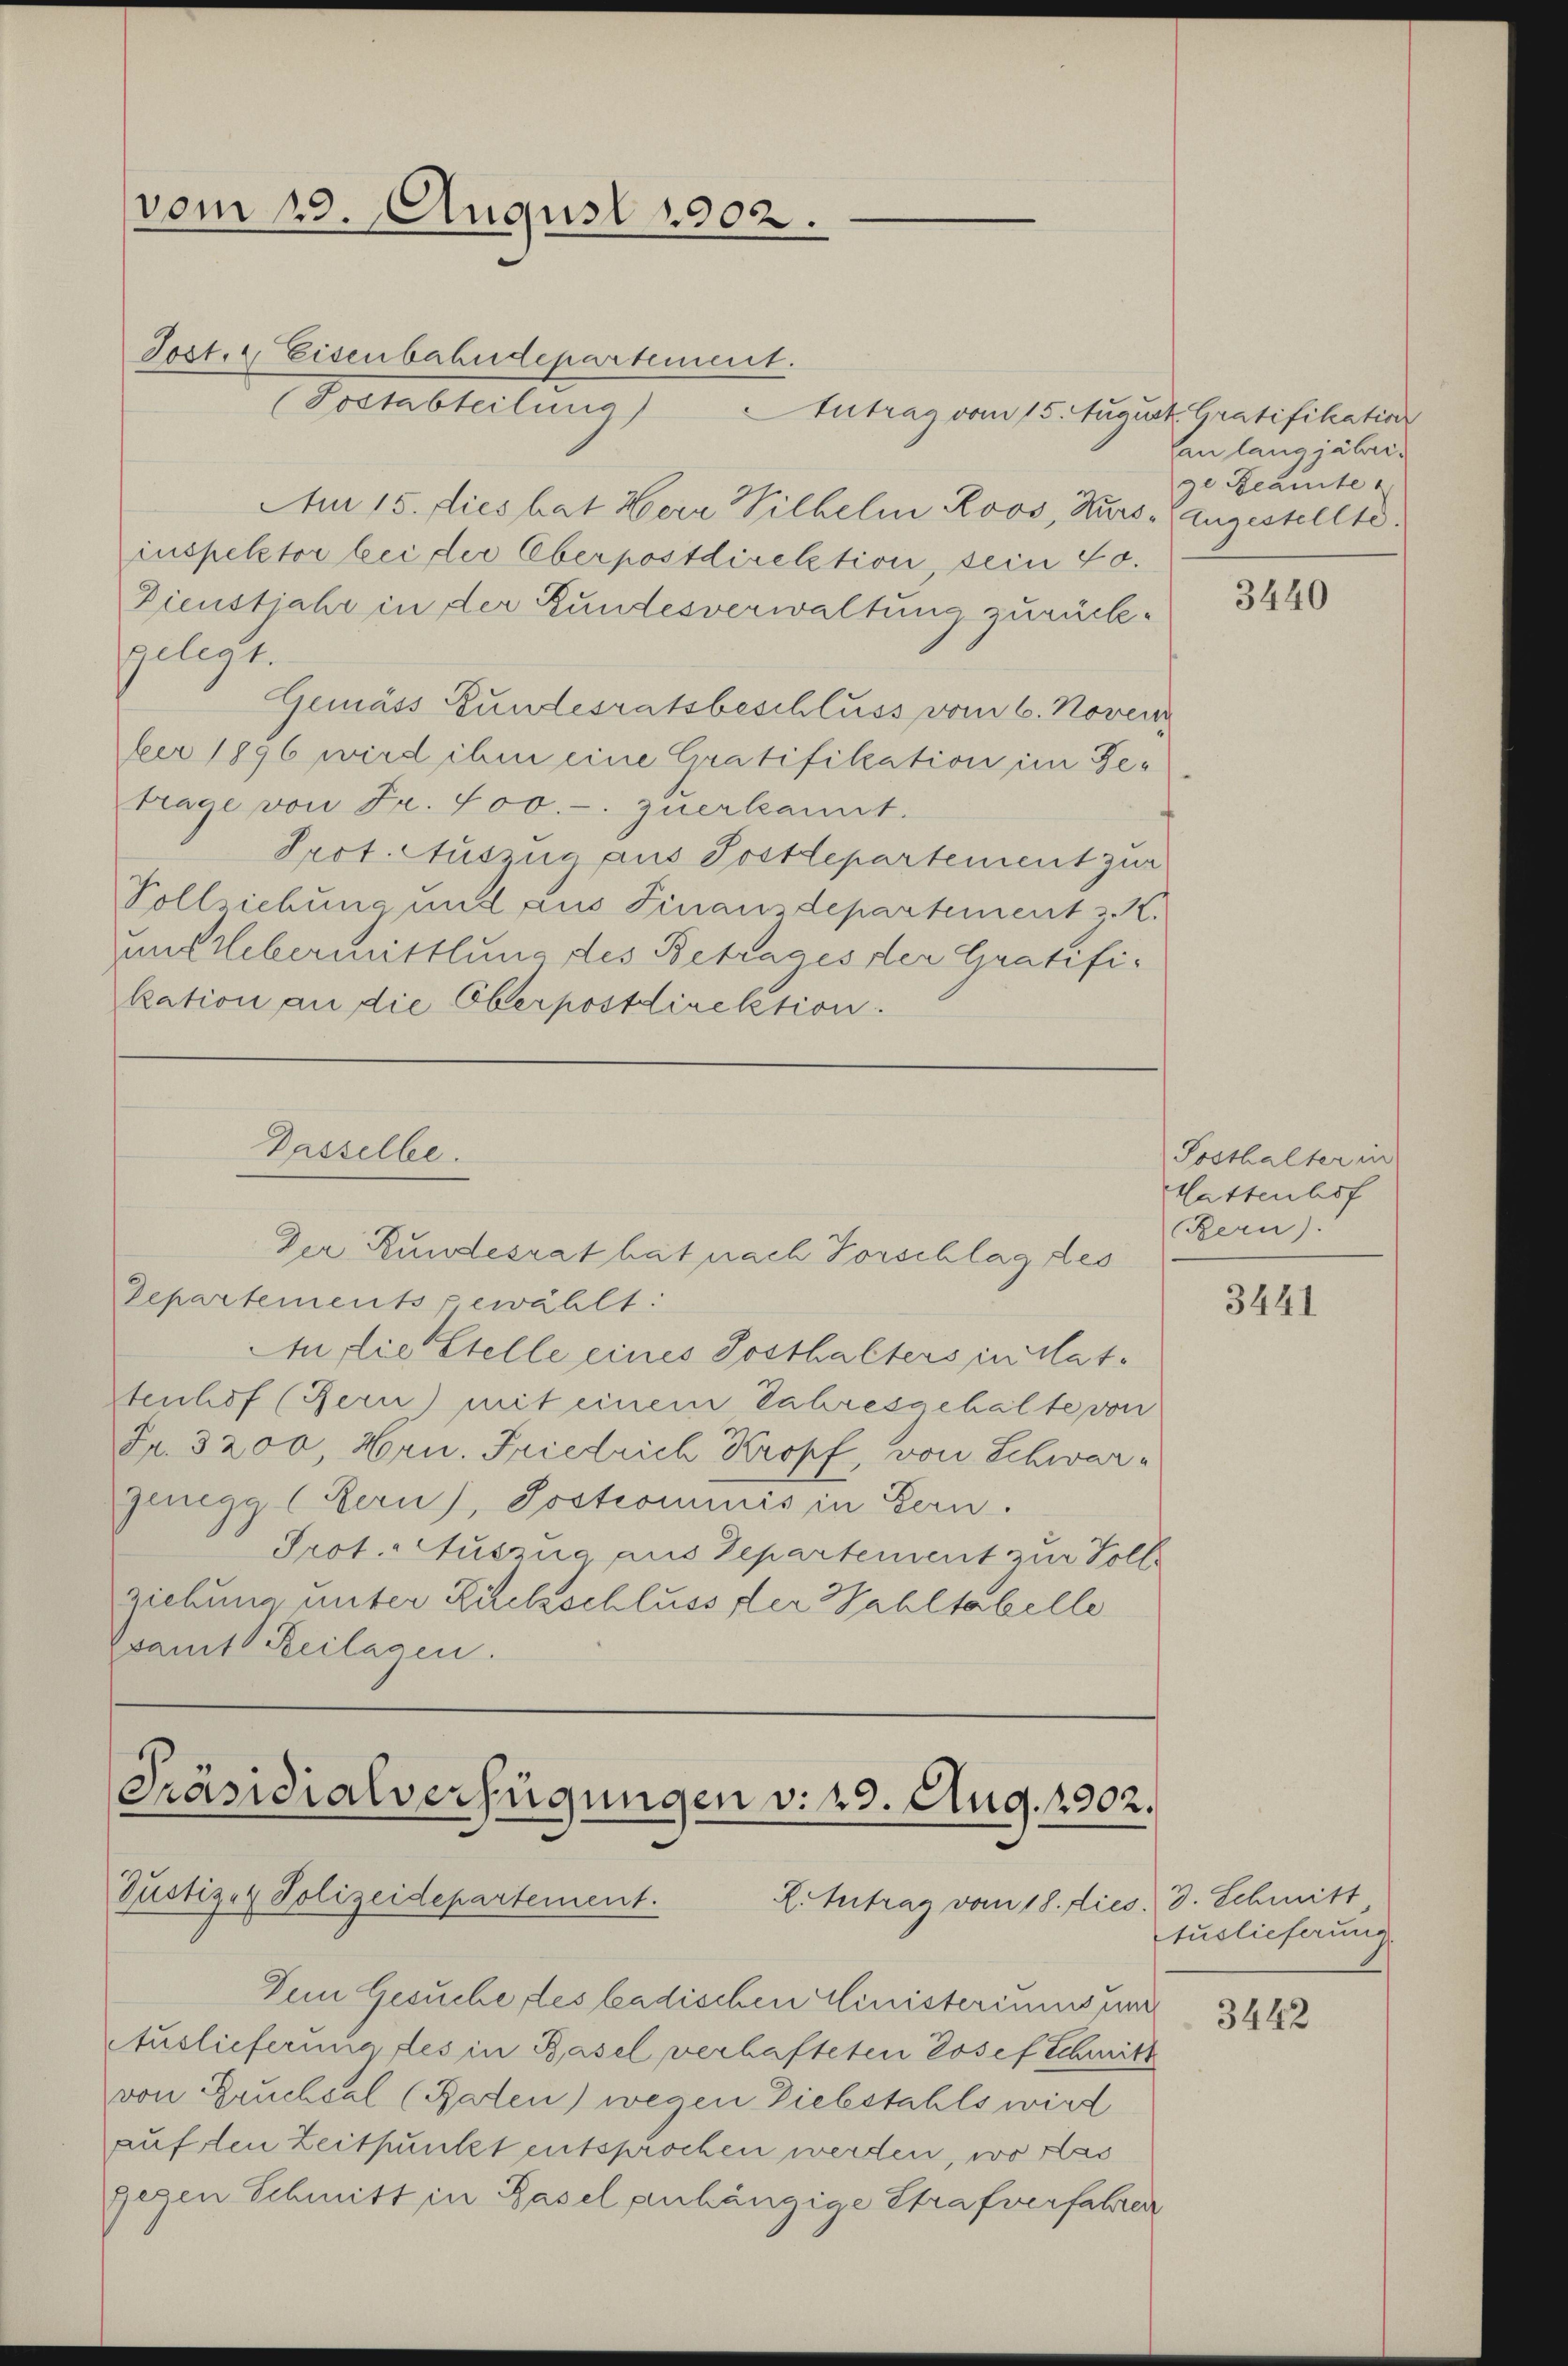
Am 15. dies hat Herr Wilhelm Roos, Kurs, angestellte.
inspektor bei der Oberpostdirektion, sein 40.
Dienstjahr in der Bundesverwaltung zurückgelegt.
Gemäss Bundesratsbeschluss vom 6. Novem
ber 1896 wird ihm eine Gratifikation im Getrage von Fr. 500.-. zuerkannt.
Prot. Auszug aus Postlepartement zur
Pollichung und aus Finanzdepartement z. K.
um Uebermittlung des Betrages der Gratifikation an die Oberpostdirektion.

vom 13. August 1902.

Jost. Eisenbahndepartement.
(Postabteilung)

Dasselbe.

Antrag vom 15. August Gratifikation

Der Rundesrat hat nach Vorschlag des
Departements gewählt:
An die Stelle eines Sosthalters in Mat¬
Stenhof (Bern) mit einem Jahresgehalte von
Fr. 3200, Hrn. Friedrich Kropf, von Schwarzenegg (Rern), Sostrominis in Bern.
Prot. Auszua aus Departement zur Vollziehung unter Zielschluss der Wahltabelle
samt Beilagen.

[Präsidialverfügungen v. 29. Aug. 1902.
Justiz- & Polizeidepartement.
L. Intrag vom 18. dies. 3. Schmitt

Dein Gesuche des badischen Ministeriums war
Auslieferung des in Basel verhafteten Josef Schmitt
von Zruchsel (Raten) wegen Diebstahls wird
auf den Zeitpunkt entsprochen werden, wo das
gegen Schmitt in Basel anhängige Strafverfahren

an langjährige Beamte

3440

Posthalter in
Hattenhof
BBern).

3441

tuslieferung

3442